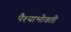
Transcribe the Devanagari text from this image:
पैश्याभोवती